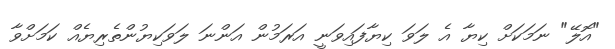
"އޮލޭ" ނަމަކަށް ކިޔާ އެ ލަވަ ކިޔާފައިވަނީ އަރަމުން އަންނަ ލަވަކިޔުންތެރިޔެއް ކަމަށްވާ